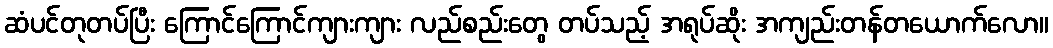
ဆံပင်တုတပ်ပြီး ကြောင်ကြောင်ကျားကျား လည်စည်းတွေ တပ်သည့် အရုပ်ဆိုး အကျည်းတန်တယောက်လော။